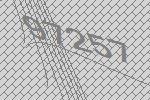
97257